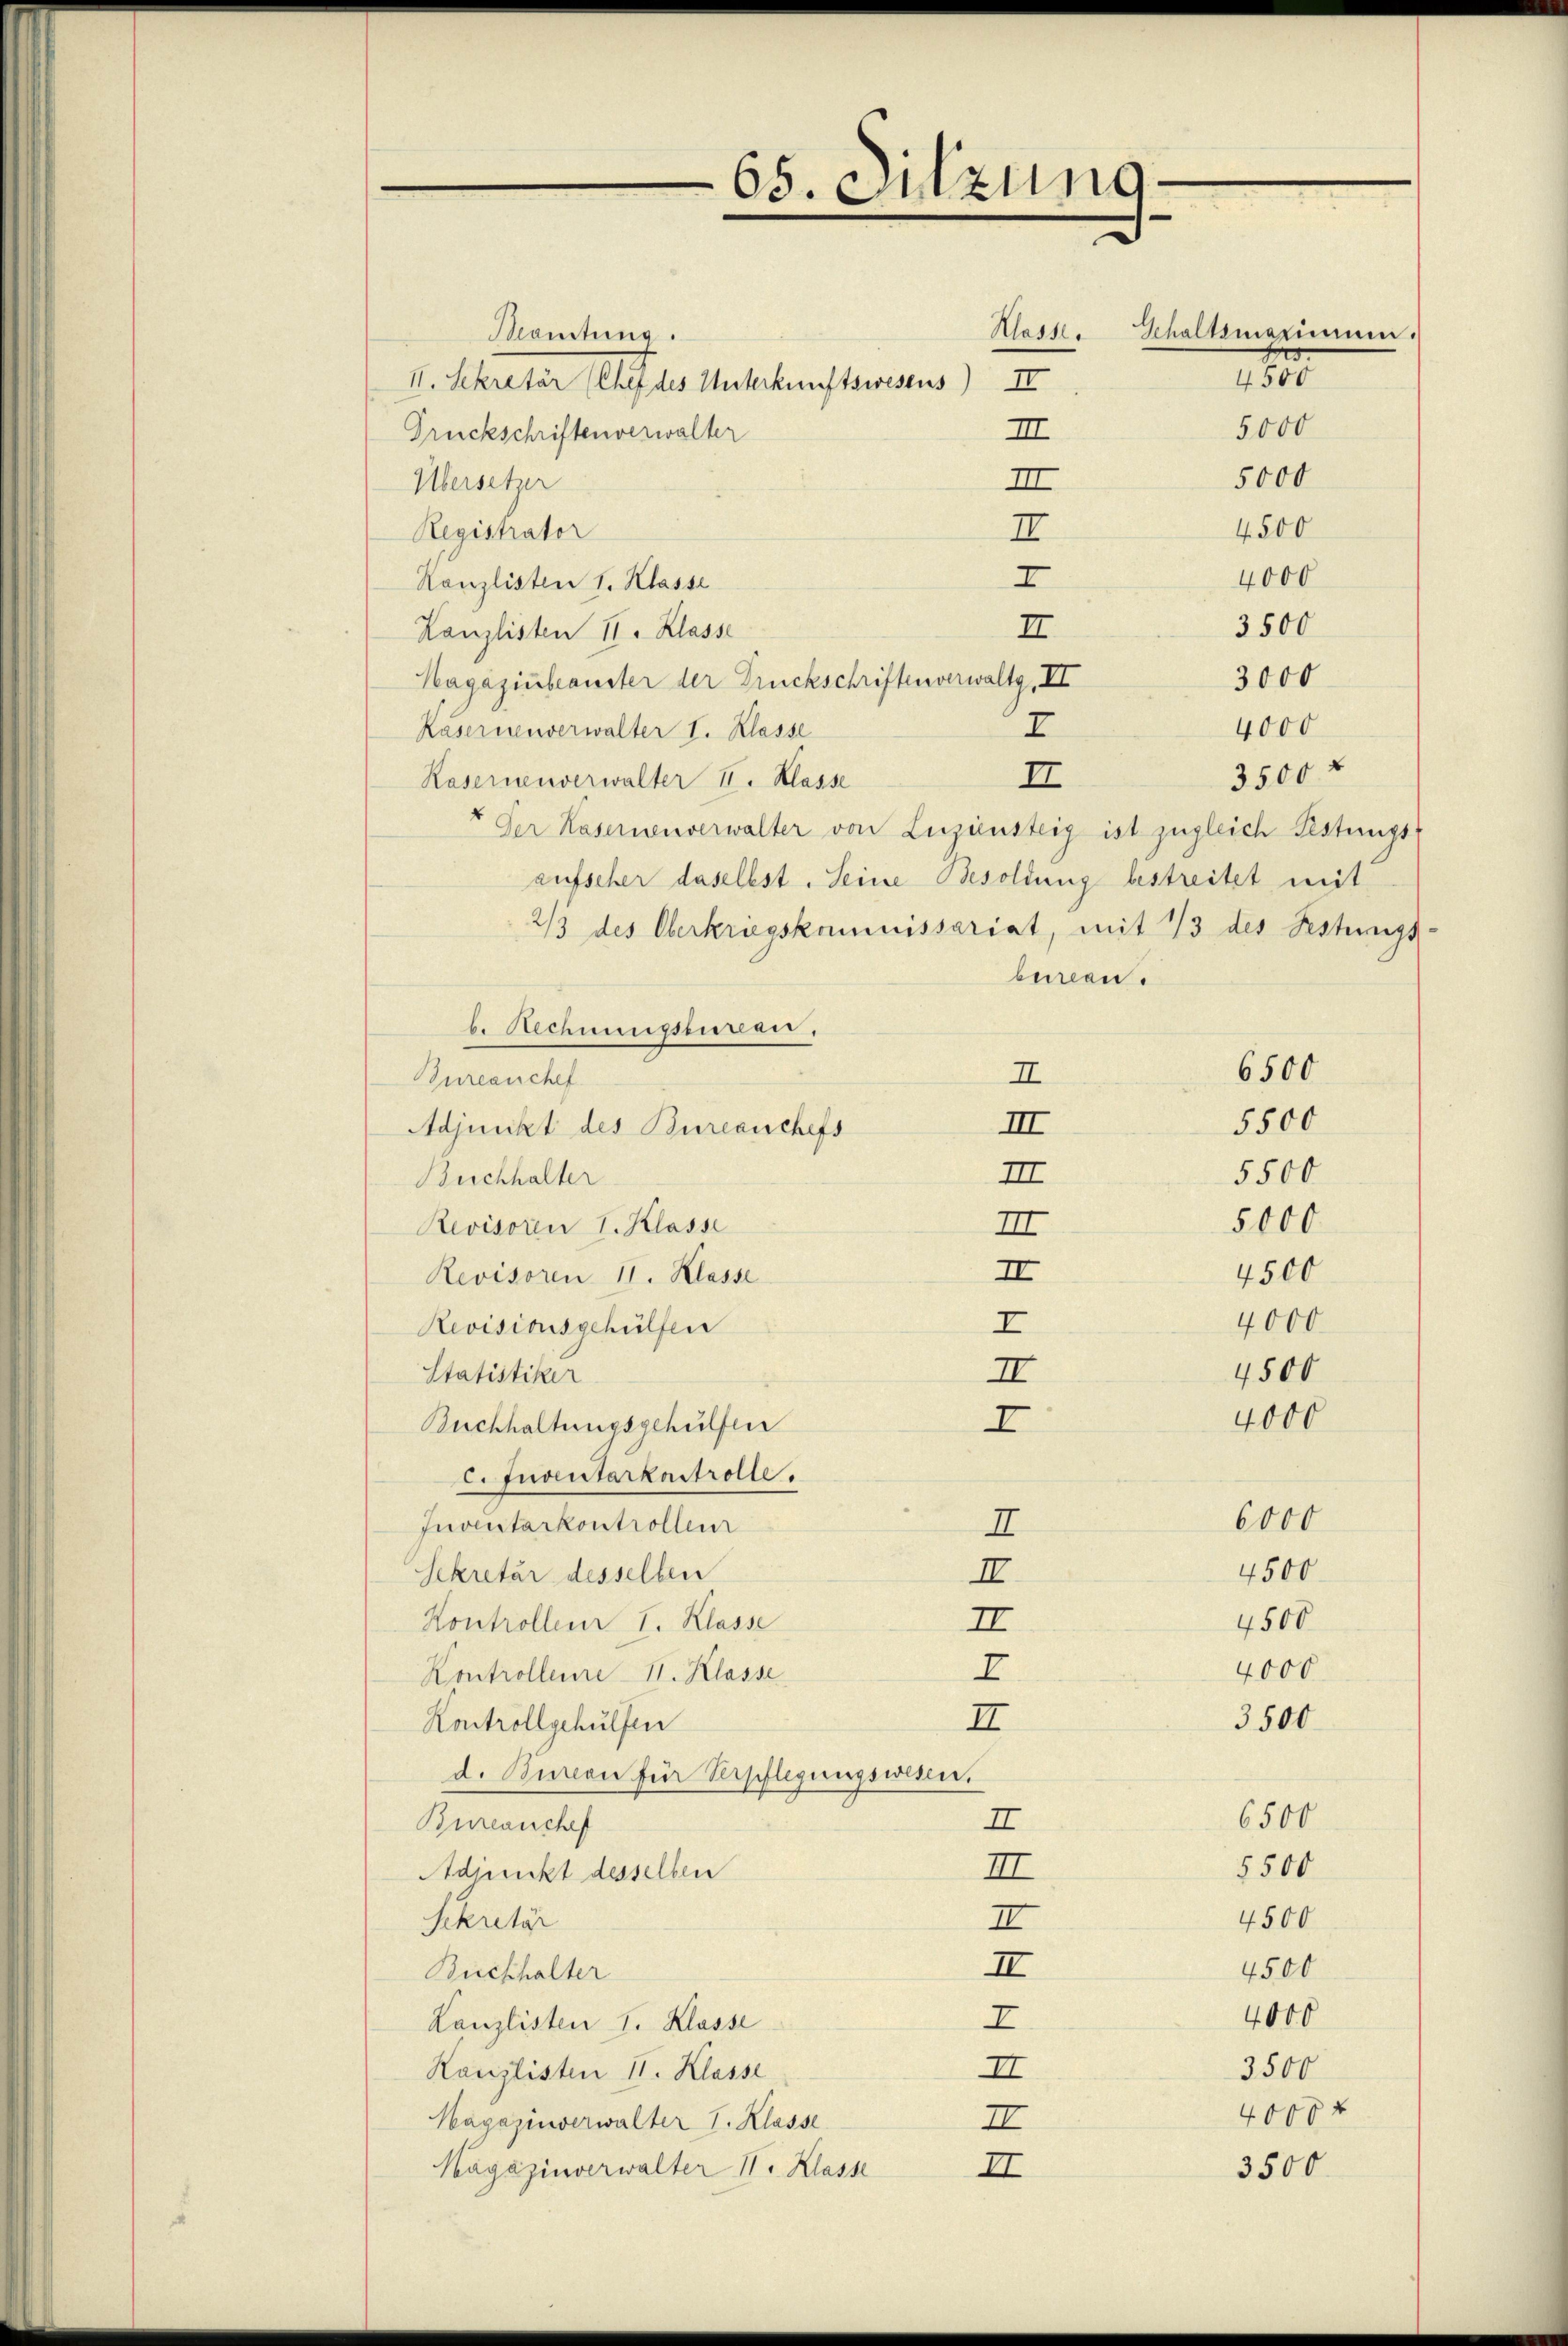
Klasser
Mamtung.
II. Sekretär (Chef des Unterkunftswesens) II
Druckschriftenverwalter
III
Übersetzer
III
Registrator
II
I
Kanzlisten 1. Klasse
II.
Kanzlisten II. Klasse
Hagazinbeanster der Druckschriftenverwaltg, II
I
Kasernenverwalter I. Klasse
II
Kasernenverwalter II. Klasse
" Der Kasernenverwalter von Luziensteig ist zugleich Festungs-
aufscher daselbst. Seine Besoldung bestreitet mit
2/3 des Oberkriegskommissariat, mit 1/3 des Festungs-
bureau.
b. Rechnungsenten.
II
Zurcanchef
III
Adjunkt des Bureanchefs
III
Buchhalter
Revisoren I. Klasse
II
II
Revisoren 11. Klasse
I
Revisionsgehülfen
Statistiker
II
I
Buchhaltungsgehülfen
C.Juventarkastrolle.
Inventarkontrollenz
I
Sekretär desselben
II
Kontrolleur I. Klasse
II
I
Kontrolleure II. Klasse
3500
II
Kontrollgehülfen
d. Bureon für Verschlegungswesen.
Bureanchef
II
III
Adirekt desselben
Sekretär
II
II
Buchhalter
I
Kanzlisten I. Klasse
II
Kanzlisten II. Klasse
Hagazinverwalter I. Klasse
II
II
Magazinverwalter II. Klasse

65. Sitzung

Gehaltsmaximum.
4500
5000

5000
4. 500
4000
3500
3000
4000
3500 f

5500
5500

6500

5000
4500
4000
4500

4000

6000
4500
4500
4000

6500
5500
4500
4500
4000
3500
4000 x

3500.

f